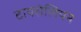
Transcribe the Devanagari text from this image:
टायरोलियन